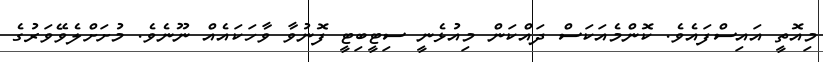
މިއޮތީ އައިސްފައެވެ. ކޮންމެއަކަސް ދައްކަން މިއުޅެނީ ސިޓީބިޓީ ފޮނުވާ ވާހަކައެއް ނޫނެވެ. މުށަށްލެވޭވަރުގެ